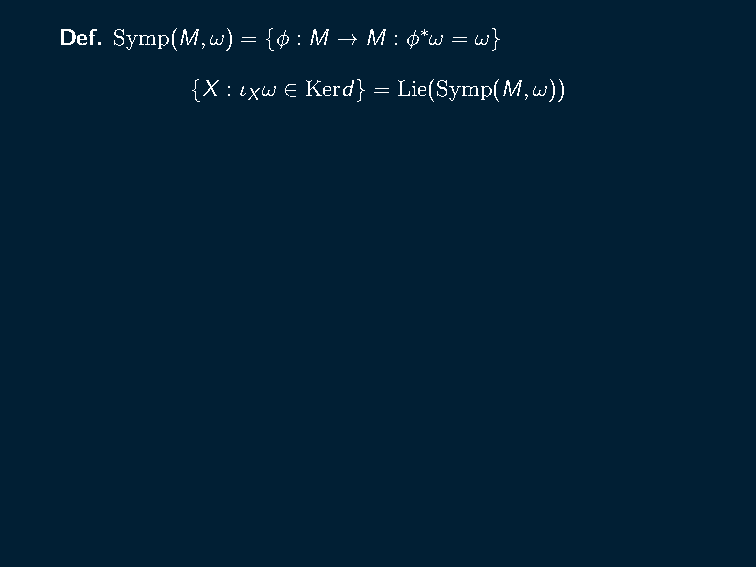
Ham(M,ω) ⊂ Symp(M,ω) is the unique subgroup of Symp(M,ω)
 with Lie algebra ham(M,ω) = {X : ι ω ∈ Imd}
 X
 Ex. Let M be the 2-torus R2/Z2 = {(x,y) mod1 } equipped with
 the symplectic form dx ∧dy. Consider the flow ϕ given by
 t
 x˙ = 1, y˙ = α, for α ∈ R
 Show that the flow on M is symplectic but not Hamiltonian.
 Ex. M as in the previous exercise. Consider the Hamiltonian
 H : M → R given by H(x,y) = cos(2πx). Describe the
 Hamiltonian flow.
 Def. Symp(M,ω) = {ϕ : M → M : ϕ∗ω = ω}
 {X : ι ω ∈ Kerd} = Lie(Symp(M,ω))
 X